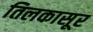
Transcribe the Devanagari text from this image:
तिलकासूर